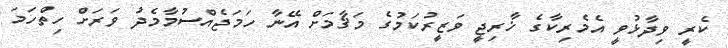
ކެރީ ވިދާޅުވީ އެމެރިކާގެ ޚާރިޖީ ވަޒީރުކަމުގެ މަޤާމަށް އޭނާ ހަމަޖެއްސުމާމެދު ވަރަށް ހިތްހަމަ